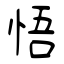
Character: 悟